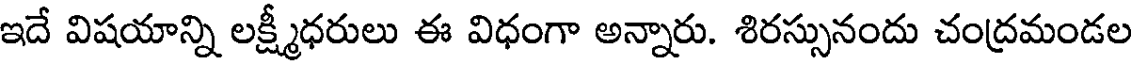
ఇదే విషయాన్ని లక్ష్మీధరులు ఈ విధంగా అన్నారు. శిరస్సునందు చంద్రమండల